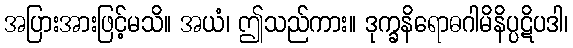
အပြားအားဖြင့်မသိ။ အယံ၊ ဤသည်ကား။ ဒုက္ခနိရောဓဂါမိနိပ္ပဋိပဒါ၊